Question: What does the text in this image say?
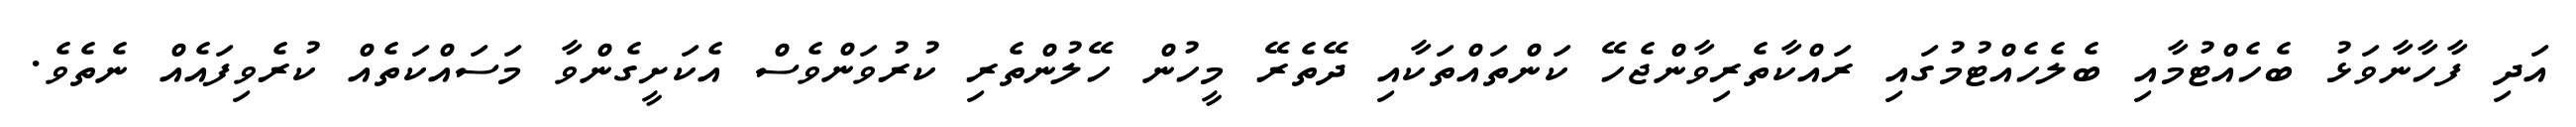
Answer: އަދި ފާހާނާވަޅު ބެހެއްޓުމާއި ބެލެހެއްޓުމުގައި ރައްކާތެރިވާންޖެހޭ ކަންތައްތަކާއި ދޭތެރޭ މީހުން ހޭލުންތެރި ކުރުވަންވެސް އެކަށީގެންވާ މަސައްކަތެއް ކުރެވިފައެއް ނެތެވެ.